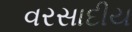
વરસાદીય